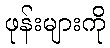
ဖုန်းများကို